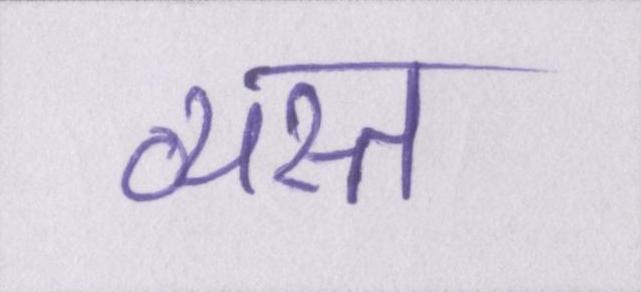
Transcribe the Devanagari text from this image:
व्यस्त